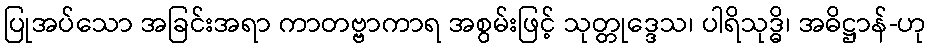
ပြုအပ်သော အခြင်းအရာ ကာတဗ္ဗာကာရ အစွမ်းဖြင့် သုတ္တုဒ္ဒေသ၊ ပါရိသုဒ္ဓိ၊ အဓိဋ္ဌာန်-ဟု